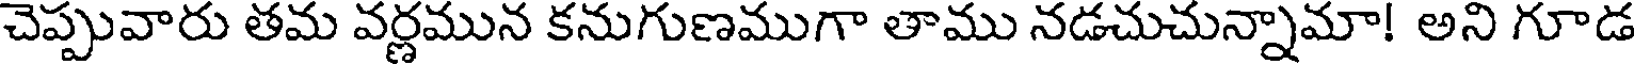
చెప్పువారు తమ వర్ణమున కనుగుణముగా తాము నడచుచున్నామా! అని గూడ